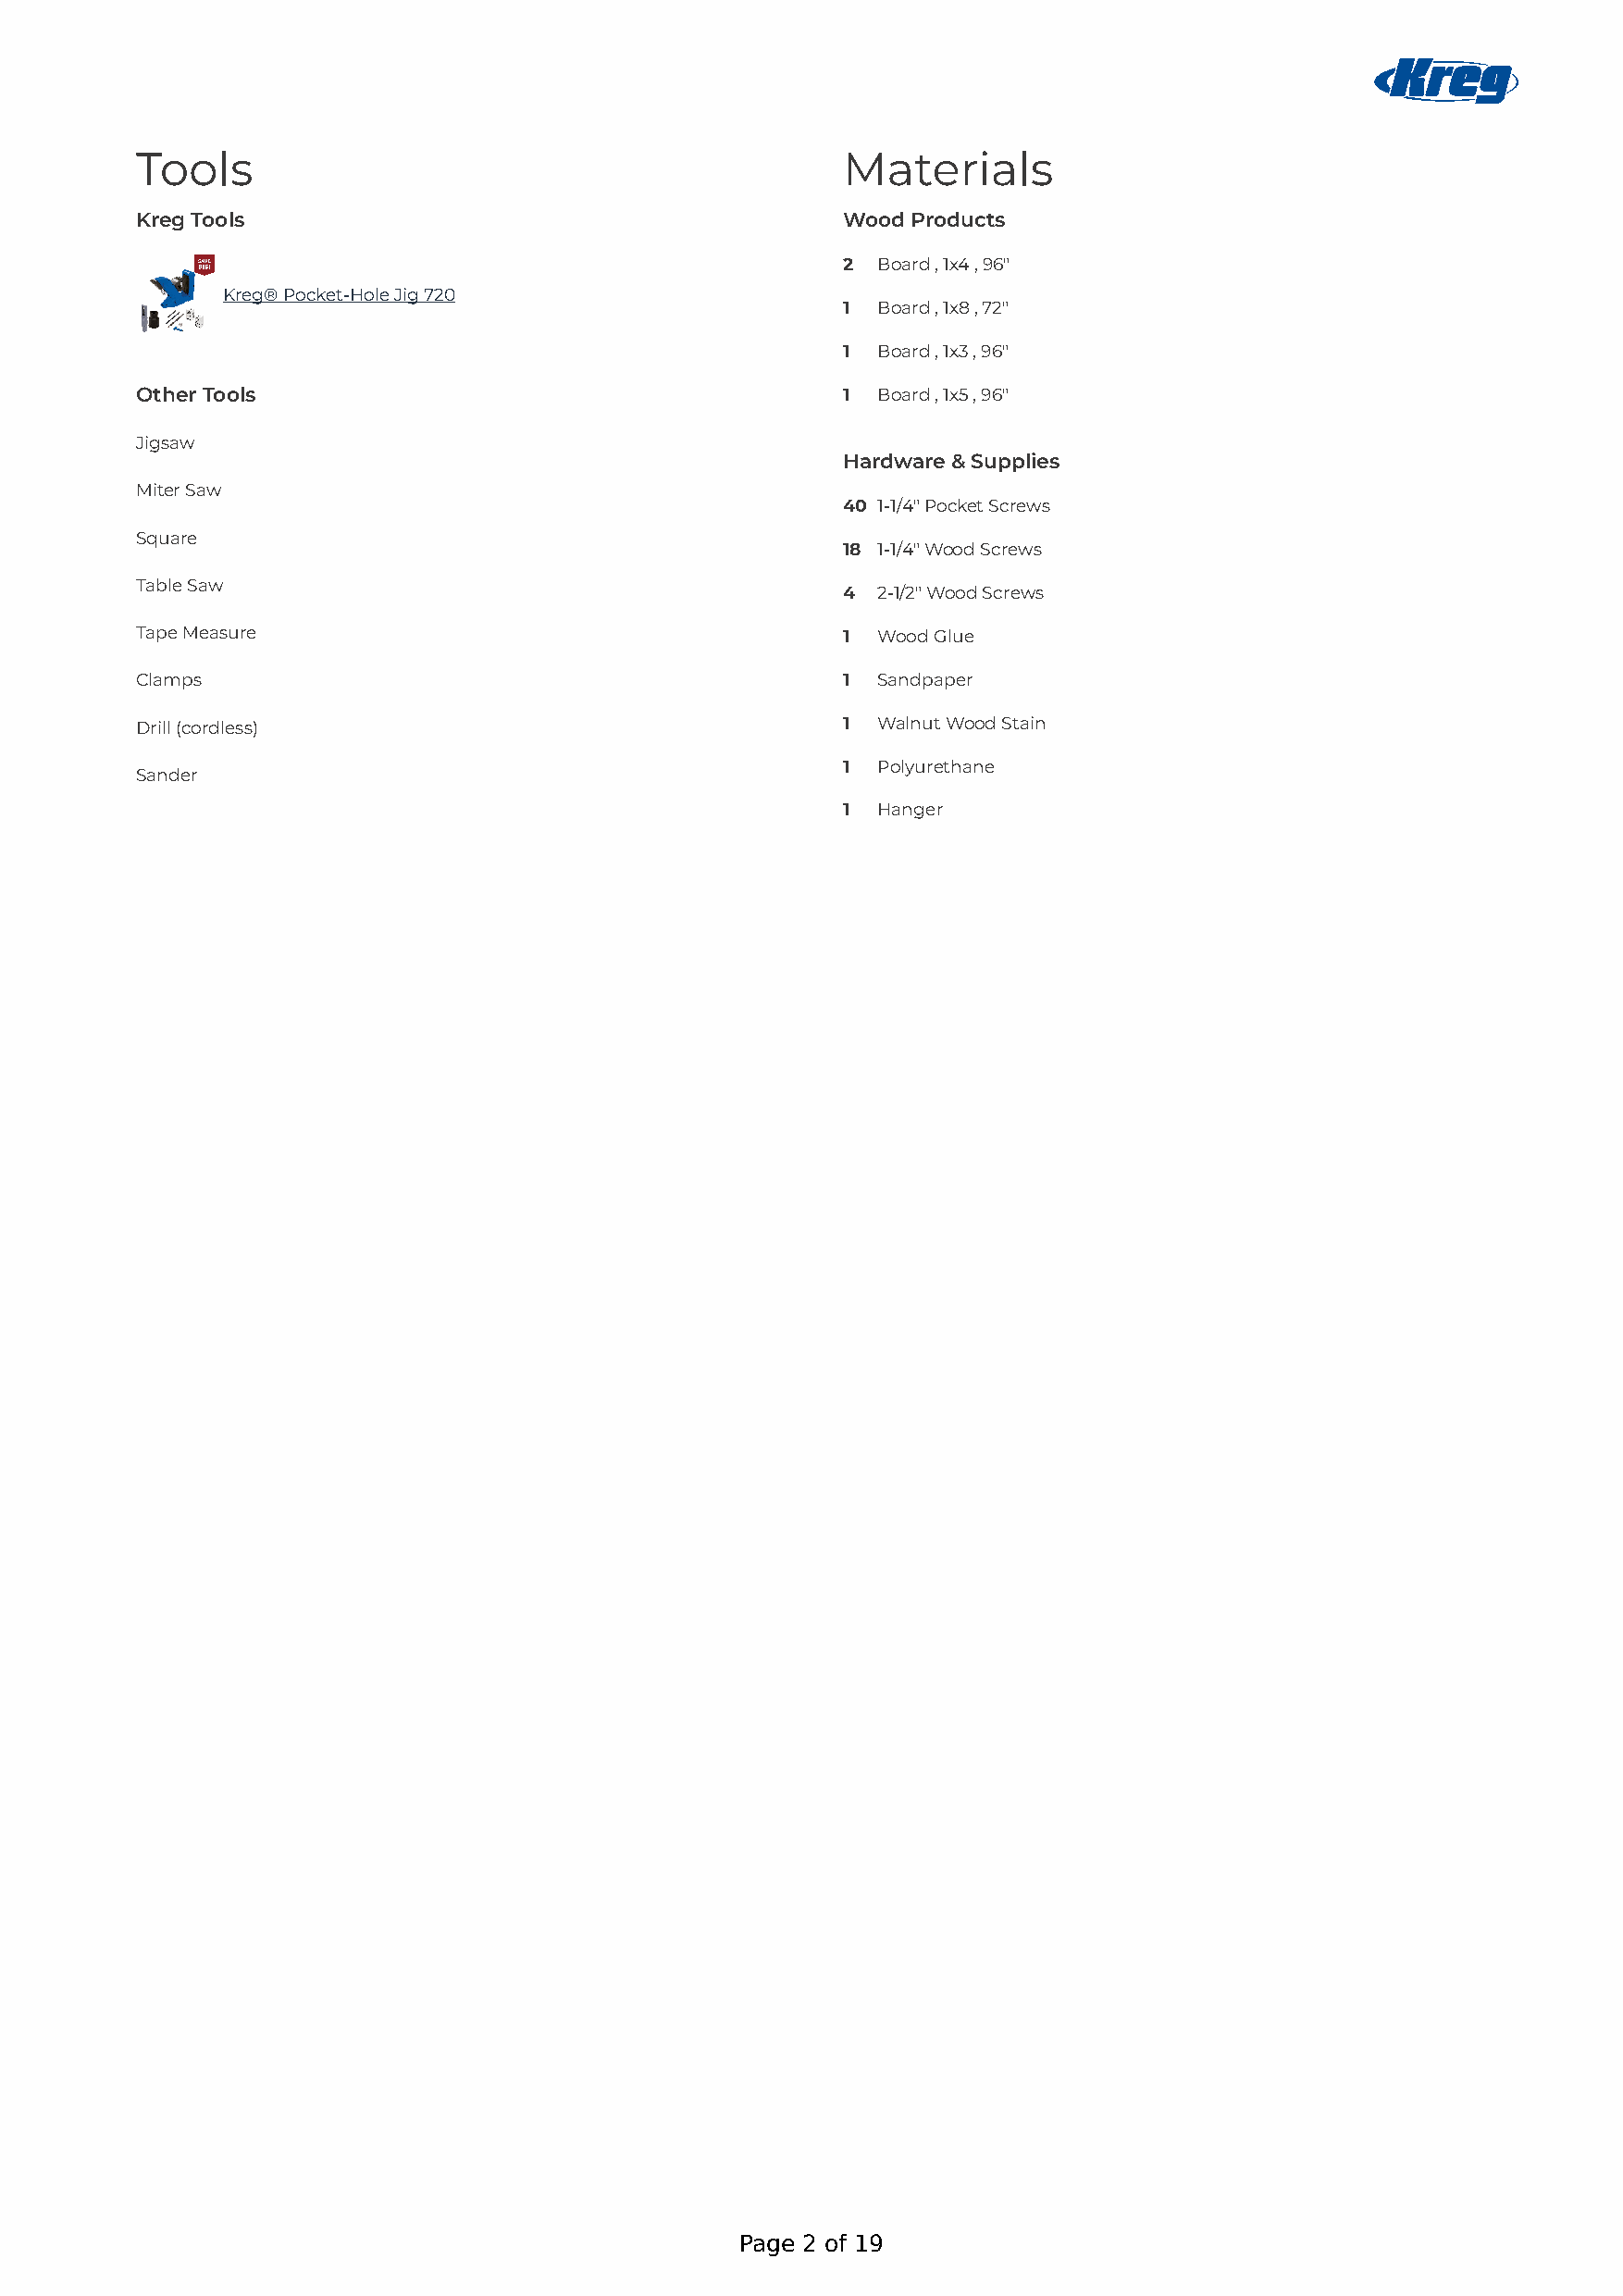
Tools                                             Materials
 Kreg Tools                                        Wood Products
 2  Board , 1x4, 96"
 Kreg® Pocket-Hole Jig 720
 1  Board , 1x8, 72"
 1  Board , 1x3, 96"
 Other Tools                                       1  Board , 1x5, 96"
 Jigsaw
 Hardware & Supplies
 Miter Saw
 40 1-1/4" Pocket Screws
 Square
 18 1-1/4" Wood Screws
 Table Saw
 4  2-1/2" Wood Screws
 Tape Measure                                      1  Wood Glue
 Clamps                                            1  Sandpaper
 Drill (cordless)                                  1  Walnut Wood Stain
 1  Polyurethane
 Sander
 1  Hanger
 Page 2 of 19